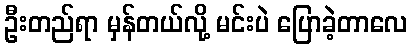
ဦးတည်ရာ မှန်တယ်လို့ မင်းပဲ ပြောခဲ့တာလေ